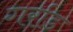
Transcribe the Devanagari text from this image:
गर्राड